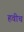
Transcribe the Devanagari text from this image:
हवीच